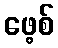
ဖေ့စ်